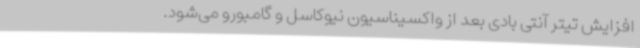
افزایش تیتر آنتی بادی بعد از واکسیناسیون نیوکاسل و گامبورو می‌شود.